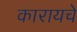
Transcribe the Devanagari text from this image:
कारायचे